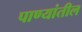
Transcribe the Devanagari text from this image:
पाण्यांतील